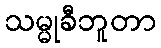
သမ္မုခီဘူတာ